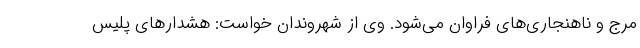
مرج و ناهنجاری‌های فراوان می‌شود. وی از شهروندان خواست: هشدارهای پلیس